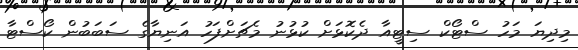
މިދިޔަ މަހު ސްޓޯކް ސިޓީއާ ދެކޮޅަށް ކުޅުނު މެޗަށްފަހު އަނިޔާގެ ސަބަބުން ކޯސްޓާ